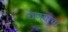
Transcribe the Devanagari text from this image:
ठेणयाचा